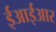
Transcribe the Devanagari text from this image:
ईआईआर